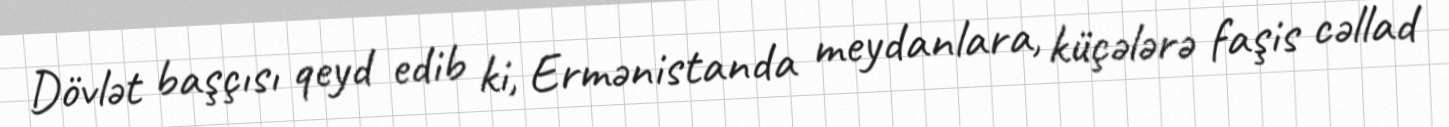
Dövlət başçısı qeyd edib ki, Ermənistanda meydanlara, küçələrə faşis cəllad